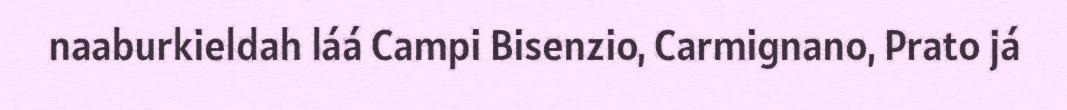
naaburkieldah láá Campi Bisenzio, Carmignano, Prato já